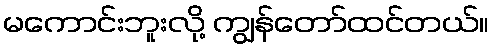
မကောင်းဘူးလို့ ကျွန်တော်ထင်တယ်။